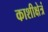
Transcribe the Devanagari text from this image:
काशीक्षेत्रं